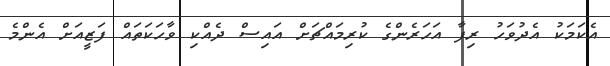
އެކަމަކު އެދުވަހު ރިފާ އަހަރެންގެ ކުރިމައްޗަށް އައިސް ދެއްކި ވާހަކަތައް ފަޒީއަށް އެންމެ